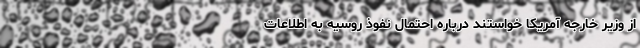
از وزیر خارجه آمریکا خواستند درباره احتمال نفوذ روسیه به اطلاعات